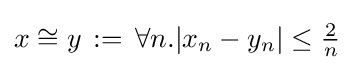
x\cong y\,:=\,\forall n.|x_{n}-y_{n}|\leq {\tfrac {2}{n}}